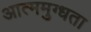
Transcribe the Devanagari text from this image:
आत्ममुग्धता